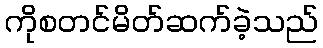
ကိုစတင်မိတ်ဆက်ခဲ့သည်